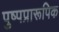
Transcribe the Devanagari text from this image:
पुष्पप्रारूपिक